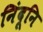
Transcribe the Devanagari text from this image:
निंदूनि